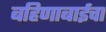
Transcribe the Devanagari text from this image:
बहिणाबाईचा